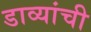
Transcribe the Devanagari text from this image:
डाव्यांची